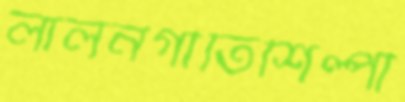
লালনগীতিশিল্পী